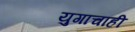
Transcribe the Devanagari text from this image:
युगाचाही